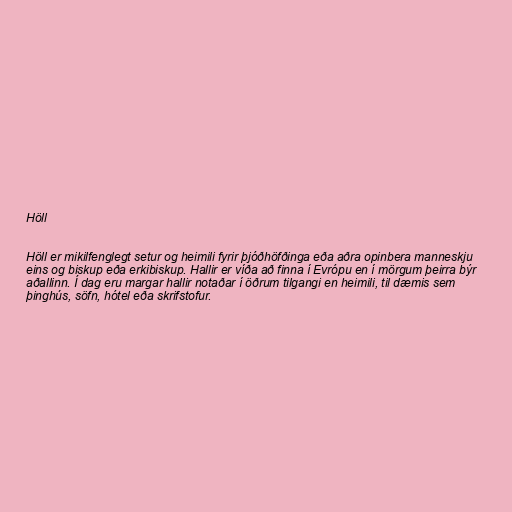
Höll

Höll er mikilfenglegt setur og heimili fyrir þjóðhöfðinga eða aðra opinbera manneskju
eins og biskup eða erkibiskup. Hallir er víða að finna í Evrópu en í mörgum þeirra býr
aðallinn. Í dag eru margar hallir notaðar í öðrum tilgangi en heimili, til dæmis sem
þinghús, söfn, hótel eða skrifstofur.